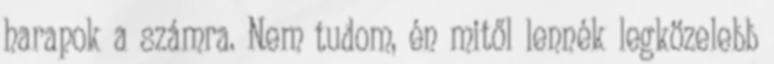
harapok a számra. Nem tudom, én mitől lennék legközelebb